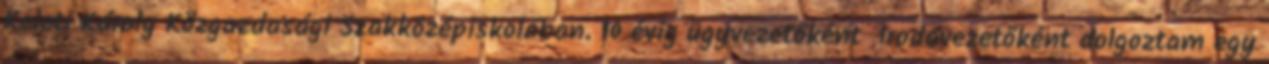
Keleti Károly Közgazdasági Szakközépiskolában. 10 évig ügyvezetőként irodavezetőként dolgoztam egy